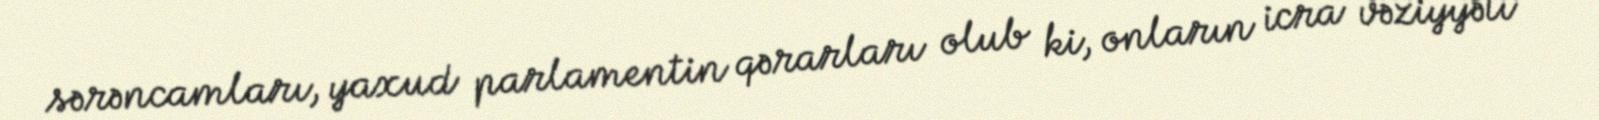
sərəncamları, yaxud parlamentin qərarları olub ki, onların icra vəziyyəti